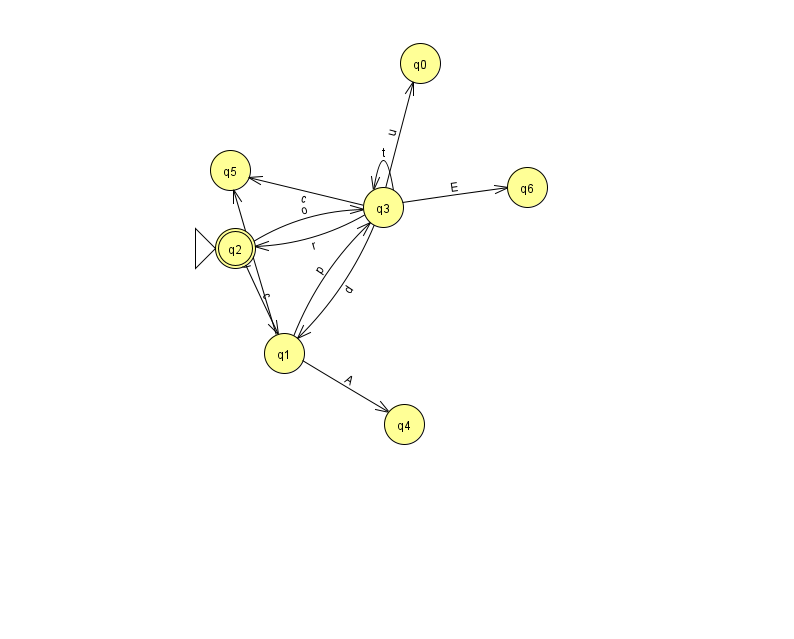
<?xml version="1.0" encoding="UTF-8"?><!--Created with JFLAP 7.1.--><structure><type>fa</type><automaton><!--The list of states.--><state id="0" name="q0"><x>420.0</x><y>50.0</y></state><state id="1" name="q1"><x>284.0</x><y>340.0</y></state><state id="2" name="q2"><x>235.0</x><y>235.0</y><initial/><final/></state><state id="3" name="q3"><x>383.0</x><y>194.0</y></state><state id="4" name="q4"><x>404.0</x><y>411.0</y></state><state id="5" name="q5"><x>230.0</x><y>157.0</y></state><state id="6" name="q6"><x>527.0</x><y>174.0</y></state><!--The list of transitions.--><transition><from>3</from><to>6</to><read>E</read></transition><transition><from>3</from><to>0</to><read>u</read></transition><transition><from>3</from><to>3</to><read>t</read></transition><transition><from>1</from><to>5</to><read>U</read></transition><transition><from>3</from><to>2</to><read>r</read></transition><transition><from>2</from><to>1</to><read>c</read></transition><transition><from>2</from><to>3</to><read>o</read></transition><transition><from>3</from><to>1</to><read>d</read></transition><transition><from>3</from><to>5</to><read>c</read></transition><transition><from>1</from><to>3</to><read>p</read></transition><transition><from>1</from><to>4</to><read>A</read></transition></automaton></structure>